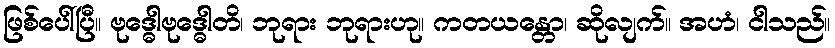
ဖြစ်ပေါ်ပြီ။ ဗုဒ္ဓေါဗုဒ္ဓေါတိ၊ ဘုရား ဘုရားဟု။ ကတယန္တော၊ ဆိုလျက်။ အဟံ၊ ငါသည်။